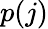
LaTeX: p(j)